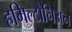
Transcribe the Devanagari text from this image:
हमिल्टोनिअन